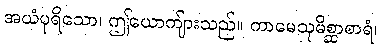
အယံပုရိသော၊ ဤယောကျ်ားသည်။ ကာမေသုမိစ္ဆာစာရံ၊